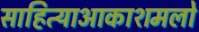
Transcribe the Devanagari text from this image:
साहित्याआकाशमलो